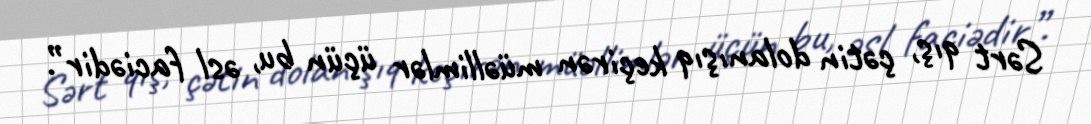
Sərt qış, çətin dolanışıq keçirən müəllimlər üçün bu, əsl faciədir”.